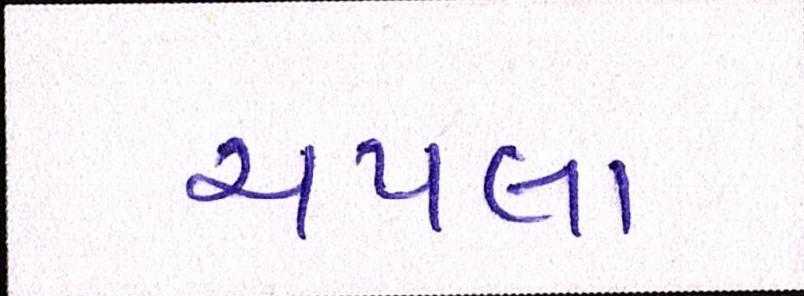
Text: ચપલા